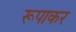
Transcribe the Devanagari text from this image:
रूपाकर